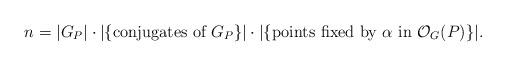
LaTeX: \begin{align*}n=|G_P|\cdot |\{\textrm{conjugates of }G_P\}|\cdot |\{\textrm{points fixed by }\alpha\textrm{ in } \mathcal{O}_G(P)\}|.\end{align*}